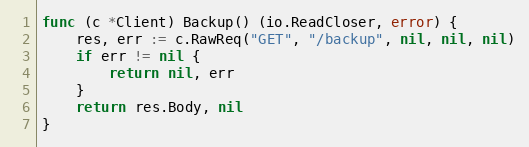
Language: Go
func (c *Client) Backup() (io.ReadCloser, error) {
	res, err := c.RawReq("GET", "/backup", nil, nil, nil)
	if err != nil {
		return nil, err
	}
	return res.Body, nil
}